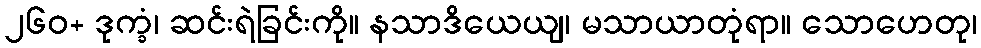
၂၆၀+ ဒုက္ခံ၊ ဆင်းရဲခြင်းကို။ နသာဒိယေယျ၊ မသာယာတုံရာ။ သောဟေတု၊